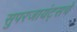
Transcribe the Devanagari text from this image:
सुपरजायंट्सचे